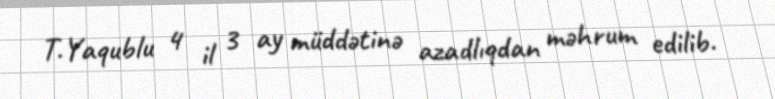
T.Yaqublu 4 il 3 ay müddətinə azadlıqdan məhrum edilib.